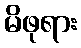
မိဖုရား